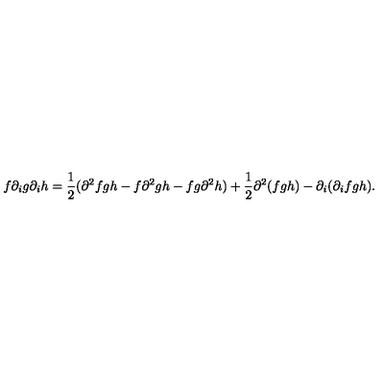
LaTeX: f \partial _ { i } g \partial _ { i } h = \frac { 1 } { 2 } ( \partial ^ { 2 } f g h - f \partial ^ { 2 } g h - f g \partial ^ { 2 } h ) + \frac { 1 } { 2 } \partial ^ { 2 } ( f g h ) - \partial _ { i } ( \partial _ { i } f g h ) .